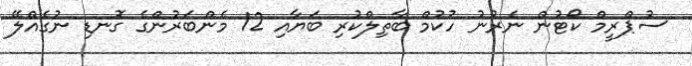
ސުޕްރީމް ކޯޓުން ނެރުނު ހުކުމް ބާތިލްކުރި ބަޔާއި 12 މެންބަރުންގެ ގޮނޑި ނުގެއްލޭ